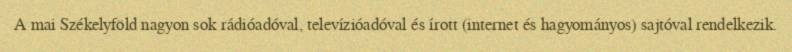
A mai Székelyföld nagyon sok rádióadóval, televízióadóval és írott (internet és hagyományos) sajtóval rendelkezik.